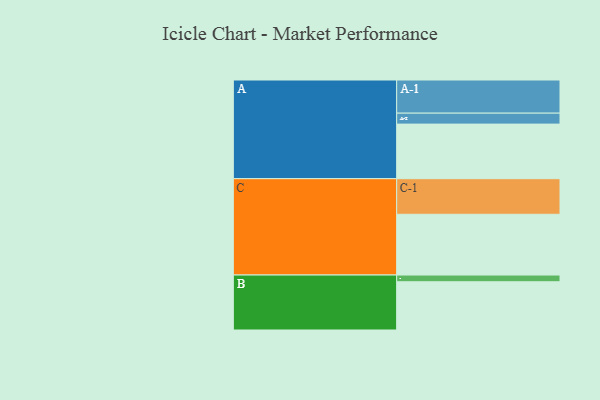
{"axis": {"x": "Segment", "y": "Value"}, "legend": ["", "A", "B", "C"], "data": [{"x": "A", "y": 423, "type": ""}, {"x": "B", "y": 374, "type": ""}, {"x": "C", "y": 471, "type": ""}, {"x": "A-1", "y": 257, "type": "A"}, {"x": "A-2", "y": 85, "type": "A"}, {"x": "B-1", "y": 52, "type": "B"}, {"x": "C-1", "y": 276, "type": "C"}]}